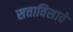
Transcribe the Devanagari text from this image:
सत्ताविसावे